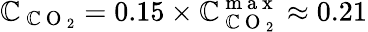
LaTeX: \mathbb{C}_{\mathrm{{~\mathbb{C}~O~}}_{2}}=0.15\times\mathbb{C}_{\mathrm{{~\mathbb{C}~O~}}_{2}}^{\mathrm{{~m~a~x~}}}\approx0.21